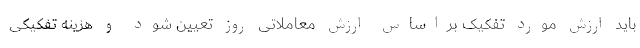
باید ارزش مورد تفکیک براساس ارزش معاملاتی روز تعیین شود و هزینه تفکیکی